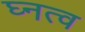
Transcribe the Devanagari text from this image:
घ्नत्व